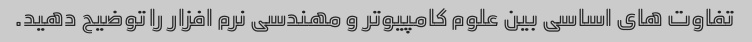
تفاوت های اساسی بین علوم کامپیوتر و مهندسی نرم افزار را توضیح دهید.